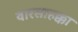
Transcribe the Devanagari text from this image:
वारसाहक्का